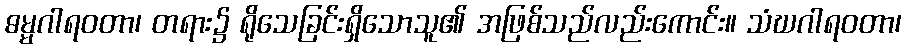
ဓမ္မဂါရဝတာ၊ တရား၌ ရိုသေခြင်းရှိသောသူ၏ အဖြစ်သည်လည်းကောင်း။ သံဃဂါရဝတာ၊